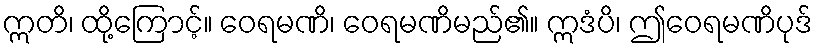
ဣတိ၊ ထို့ကြောင့်။ ဝေရမဏိ၊ ဝေရမဏိမည်၏။ ဣဒံပိ၊ ဤဝေရမဏိပုဒ်